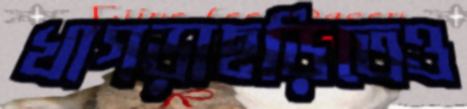
খাগড়াছড়িতেও